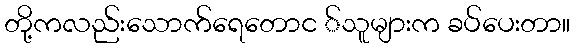
တို့ကလည်းသောက်ရေတောင ်သူများက ခပ်ပေးတာ။